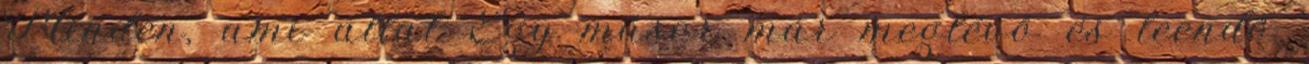
Minden, ami állat Egy műsor már meglévő és leendő